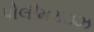
પોલીમરાઇઝ